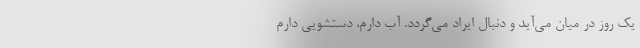
یک روز در میان می‌آید و دنبال ایراد می‌گردد. آب دارم، دستشویی دارم